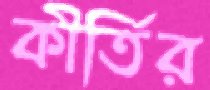
কীর্তির